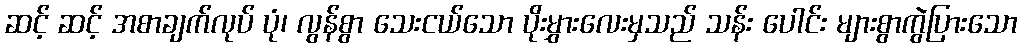
ဆင့် ဆင့် အစာချက်လုပ် ပုံ၊ လွန်စွာ သေးငယ်သော ပိုးမွှားလေးမှသည် သန်း ပေါင်း များစွာကွဲပြားသော